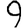
Digit: 9